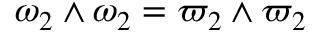
\omega _ { 2 } \wedge \omega _ { 2 } = \varpi _ { 2 } \wedge \varpi _ { 2 }